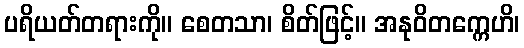
ပရိယတ်တရားကို။ စေတသာ၊ စိတ်ဖြင့်။ အနုဝိတက္ကေဟိ၊